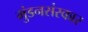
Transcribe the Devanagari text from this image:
मुंडनसंस्कार